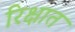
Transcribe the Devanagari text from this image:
रिक्षात